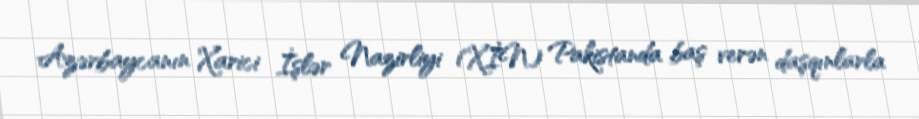
Azərbaycanın Xarici İşlər Nazirliyi (XİN) Pakistanda baş verən daşqınlarla